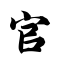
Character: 官